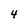
Character: 4